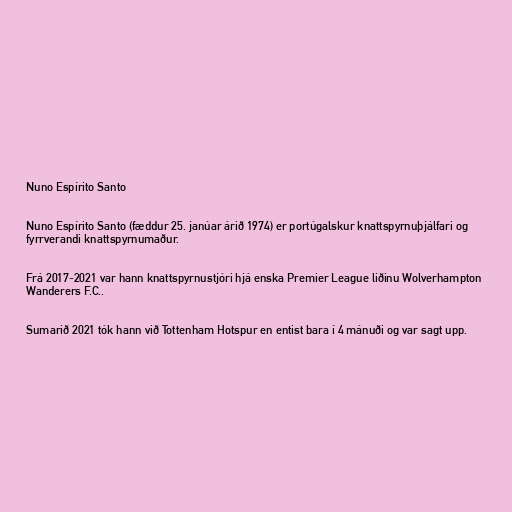
Nuno Espírito Santo

Nuno Espírito Santo (fæddur 25. janúar árið 1974) er portúgalskur knattspyrnuþjálfari og
fyrrverandi knattspyrnumaður.

Frá 2017-2021 var hann knattspyrnustjóri hjá enska Premier League liðinu Wolverhampton
Wanderers F.C..

Sumarið 2021 tók hann við Tottenham Hotspur en entist bara í 4 mánuði og var sagt upp.